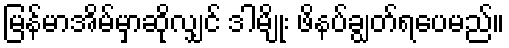
မြန်မာအိမ်မှာဆိုလျှင် ဒါမျိုး ဖိနပ်ချွတ်ရပေမည်။